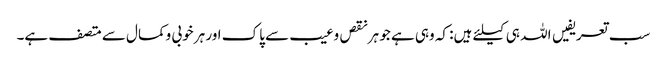
سب تعریفیں اللہ ہی کیلئے ہیں: کہ وہی ہے جو ہرنقص وعیب سے پاک اور ہر خوبی وکمال سے متصف ہے۔